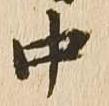
中